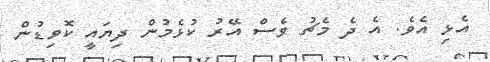
އެޅި އެވެ. އެ ދެ މެޗު ވެސް އޭރު ކުޅެމުން ދިޔައީ ކޮވިޑުން